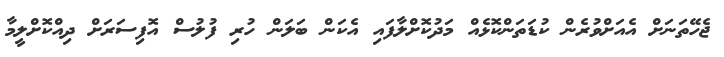
ޖެހޭތަނަށް އެއަށްވުރެން ކުޑަތަންކޮޅެއް މަދުކޮށްލާފައި އެކަން ބަލަން ހުރި ފުލުސް އޮފިސަރަށް ދިއްކޮށްލީމާ